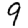
Digit: 9